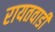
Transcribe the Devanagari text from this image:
रायतवाडी